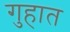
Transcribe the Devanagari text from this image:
गुहात